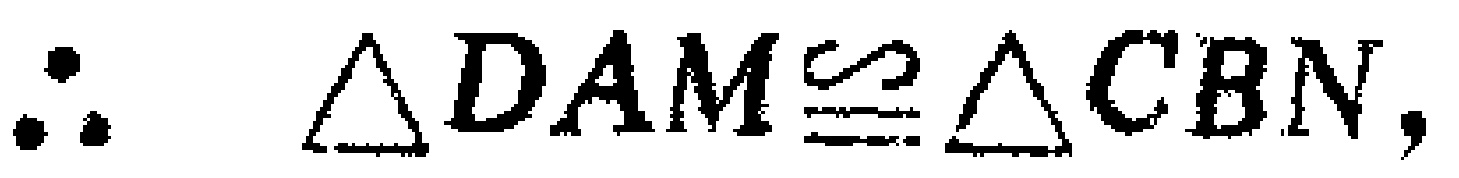
\(\therefore \triangle DAM\cong\triangle CBN,\)